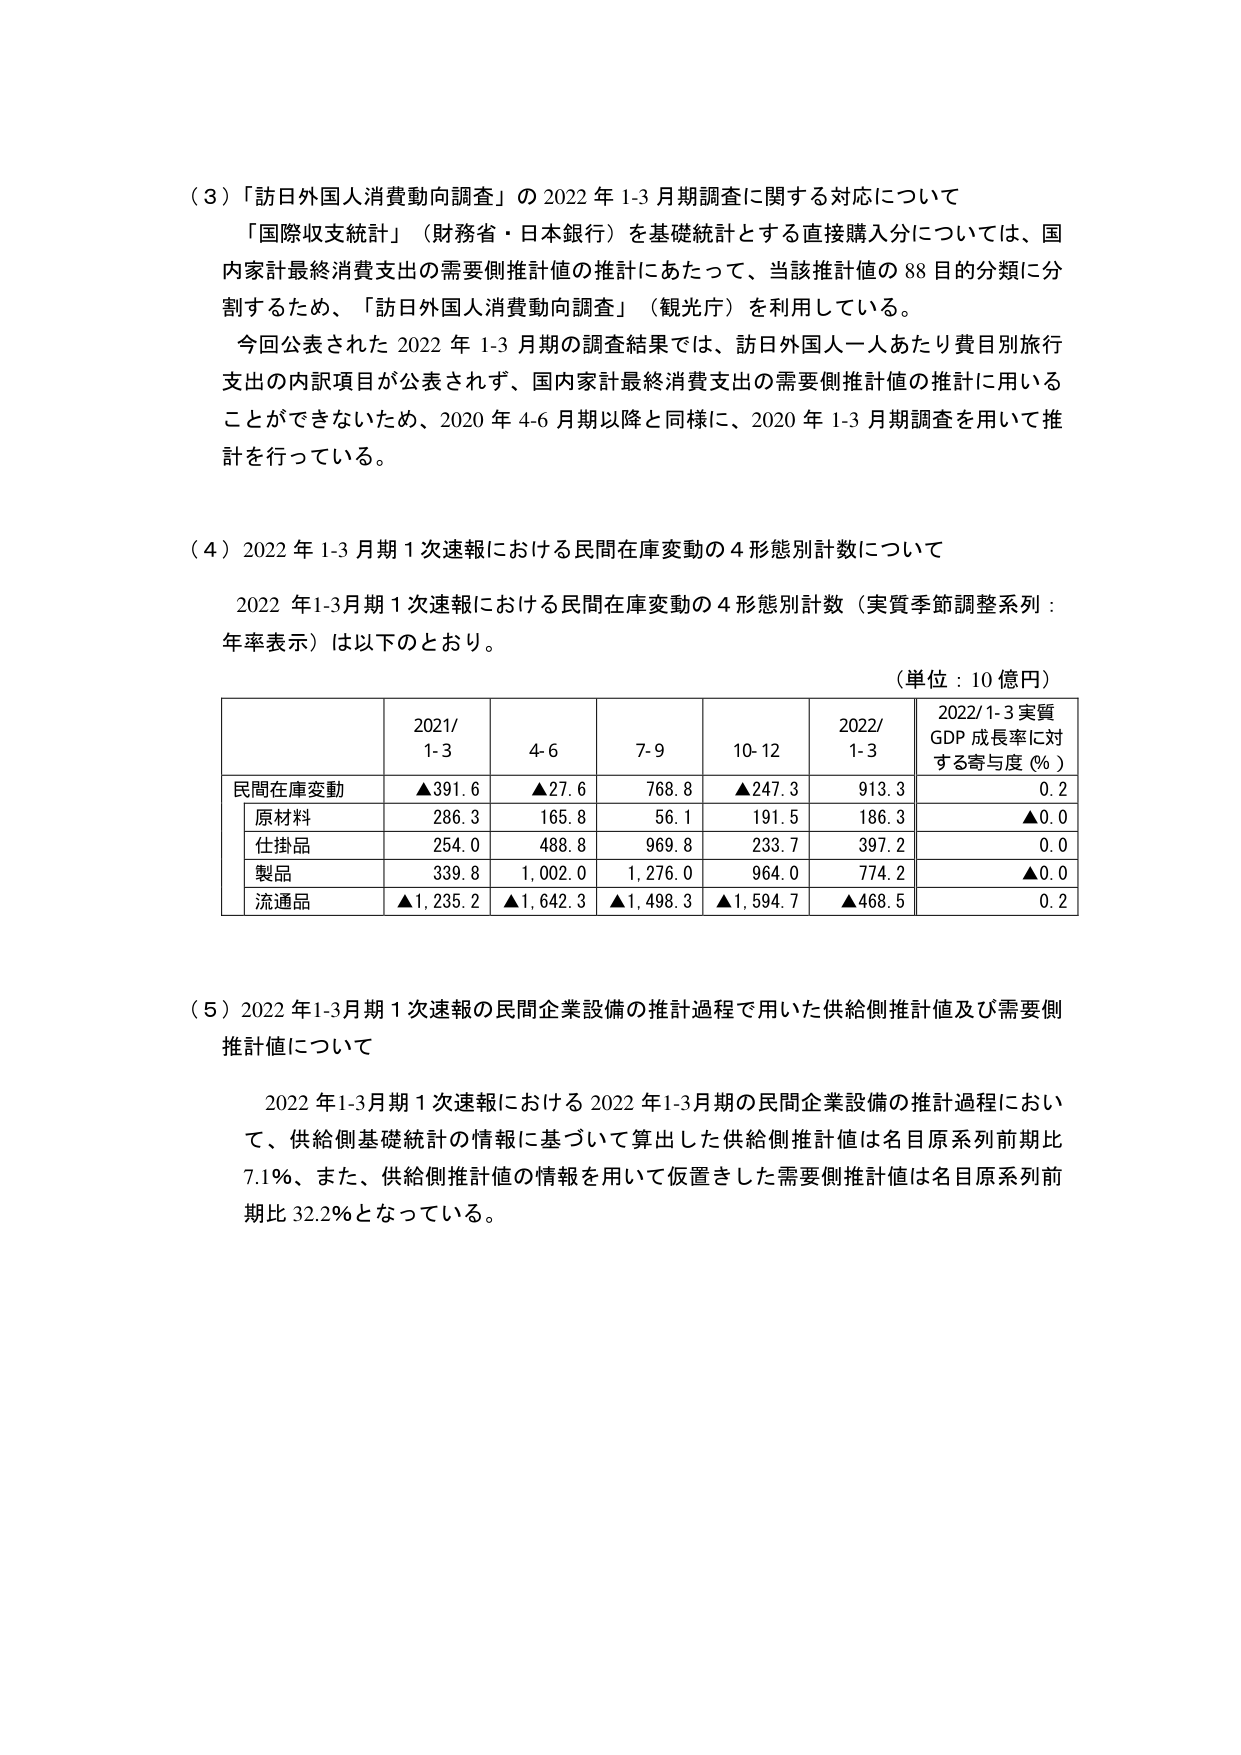
（３）「訪日外国人消費動向調査」の2022年1-3月期調査に関する対応について
「国際収支統計」（財務省・日本銀行）を基礎統計とする直接購入分については、国内家計最終消費支出の需要側推計値の推計にあたって、当該推計値の88目的分類に分割するため、「訪日外国人消費動向調査」（観光庁）を利用している。
今回公表された2022年1-3月期の調査結果では、訪日外国人一人あたり費目別旅行支出の内訳項目が公表されず、国内家計最終消費支出の需要側推計値の推計に用いることができないため、2020年4-6月期以降と同様に、2020年1-3月期調査を用いて推計を行っている。

（４）2022年1-3月期1次速報における民間在庫変動の4形態別計数について
2022年1-3月期1次速報における民間在庫変動の4形態別計数（実質季節調整系列：年率表示）は以下のとおり。
（単位：10億円）

| | 2021/1-3 | 4-6 | 7-9 | 10-12 | 2022/1-3 | 2022/1-3 実質GDP成長率に対する寄与度（%） |
|---|---|---|---|---|---|---|
| 民間在庫変動 | ▲391.6 | ▲27.6 | 768.8 | ▲247.3 | 913.3 | 0.2 |
| 原材料 | 286.3 | 165.8 | 56.1 | 191.5 | 186.3 | ▲0.0 |
| 仕掛品 | 254.0 | 488.8 | 969.8 | 233.7 | 397.2 | 0.0 |
| 製品 | 339.8 | 1,002.0 | 1,276.0 | 964.0 | 774.2 | ▲0.0 |
| 流通品 | ▲1,235.2 | ▲1,642.3 | ▲1,498.3 | ▲1,594.7 | ▲468.5 | 0.2 |

（５）2022年1-3月期1次速報の民間企業設備の推計過程で用いた供給側推計値及び需要側推計値について
2022年1-3月期1次速報における2022年1-3月期の民間企業設備の推計過程において、供給側基礎統計の情報に基づいて算出した供給側推計値は名目原系列前期比7.1%、また、供給側推計値の情報を用いて仮置きした需要側推計値は名目原系列前期比32.2%となっている。